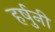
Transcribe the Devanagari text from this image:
हर्षुनी